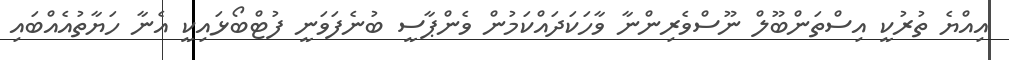
އިއްޔެ ތުރުކީ އިސްތަންބޫލް ނޫސްވެރިންނާ ވާހަކަދައްކަމުން ވެންޕާސީ ބުނެފަވަނީ ފުޓްބޯޅައިކީ އެނާ ހަޔާތުއެއްބައި